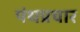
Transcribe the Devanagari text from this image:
पंथप्रचार